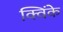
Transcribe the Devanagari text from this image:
क्विंके